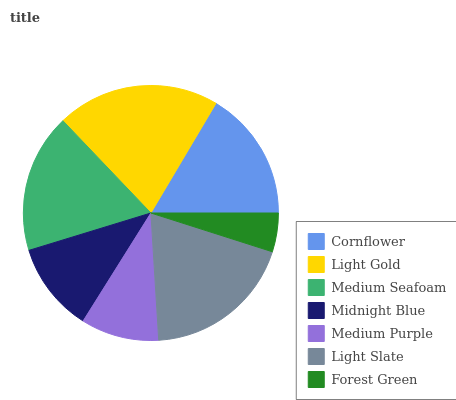
| Cornflower | Light Gold | Medium Seafoam | Midnight Blue | Medium Purple | Light Slate | Forest Green |
 | --- | --- | --- | --- | --- | --- | --- |
 | 16.4% | 20.7% | 17.7% | 11.4% | 9.9% | 19.1% | 4.92% |